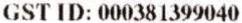
GST ID: 000381399040